Local science and art examinations and technological examinations, 1910, 1910
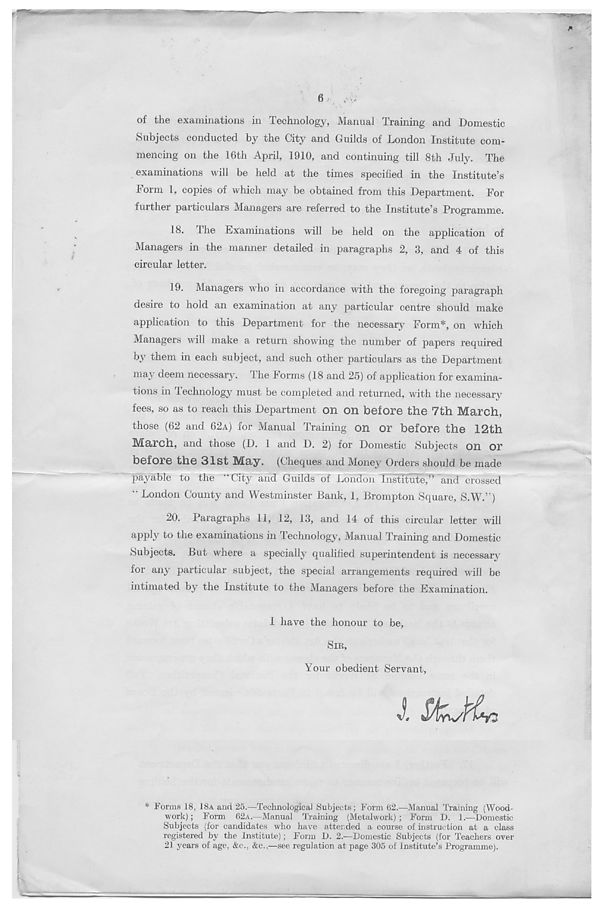
6,
of the examinations in Technology, Manual Training and Domestic
Subjects conducted by the City and Guilds of London Institute com-
mencing on the 16th April, 1910, and continuing till 8th July. The
examinations will be held at the times specified in the Institute’s
Form i, copies of which may be obtained from this Department. For
further particulars Managers are referred to the Institute’s Programme.
18. The Examinations will be held on the application of
Managers in the manner detailed in paragraphs 2, 3, and 4 of this
circular letter.
19. Managers who in accordance with the foregoing paragraph
desire to hold an examination at any particular centre should make
application to this Department for the necessary Form*, on which
Managers will make a return showing the number of papers required
by them in each subject, and such other particulars as the Department
may deem necessary. The Forms (18 and 25) of application for examina-
tions in Technology must be completed and returned, with the necessary
fees, so as to reach this Department on on before the 7th March,
those (62 and 62A) for Manual Training on or before the 12th
March, and those (D. 1 and D. 2) for Domestic Subjects on or
before the 31st May. (Cheques and Money Orders should be made
jmyable to the “Cit}^ and Guilds of London Institute,” and crossed
“ London County and Westminster Bank, 1, Brompton Square, S.W.”)
20.
Paragraph
apply to the examinations in Technology, Manual Training and Domestic
Subjects. But where a specially qualified superintendent is necessary
lor any particular subject, the special arrangements required will be
intimated by the Institute to the Managers before the Examination.
1 have the honour to be,
SIR,
Your obedient Servant,
J.
* Forms 18, 18A and 25.—Technological Subjects; Form 62.—Manual Training (Wood-
work) ; Form 62A.—Manual Training (Metalwork) ; Form D. 1.—Domestic
Subjects (for candidates who have attended a course of instruction at a class
registered by the Institute); Form D. 2.—Domestic Subjects (for Teachers over
21 years of age, &c., &c.,—see regulation at page 305 of Institute’s Programme).